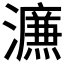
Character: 𰝩